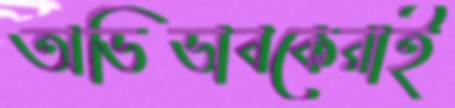
অভিভাবকেরাই